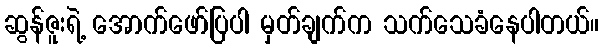
ဆွန်ဇူးရဲ့ အောက်ဖော်ပြပါ မှတ်ချက်က သက်သေခံနေပါတယ်။